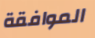
الموافقة